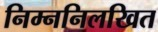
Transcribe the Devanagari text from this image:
निम्ननिलखित